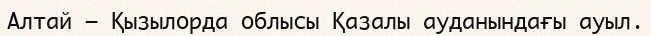
Алтай — Қызылорда облысы Қазалы ауданындағы ауыл.